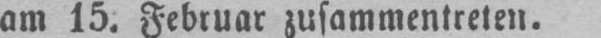
am 15. Februar zusammentreten.